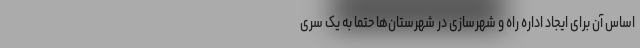
اساس آن برای ایجاد اداره راه و شهرسازی در شهرستان‌ها حتما به یک سری